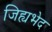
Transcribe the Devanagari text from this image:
जिह्यभेद